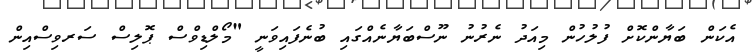
އެކަން ބަޔާންކޮށް ފުލުހުން މިއަދު ނެރުނު ނޫސްބަޔާނެއްގައި ބުނެފައިވަނީ "މޯލްޑިވްސް ޕޮލިސް ސަރވިސްއިން